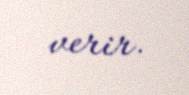
verir.